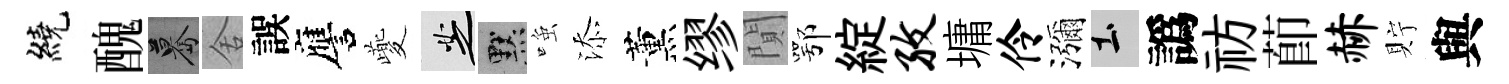
繞醜驀舍誤譍夔芝默𫪻添薰缪閴鄂綻孜墉伶瀰土譌祊莭赫貯與